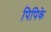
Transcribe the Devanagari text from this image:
पिपिके